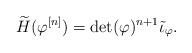
LaTeX: \begin{align*}\widetilde{H}(\varphi^{[n]})=\det(\varphi)^{n+1}\tilde{\iota}_\varphi.\end{align*}